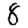
Digit: 8